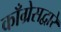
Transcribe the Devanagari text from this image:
काँग्रेसद्वारे